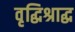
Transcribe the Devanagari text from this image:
वृद्धिश्राद्ध